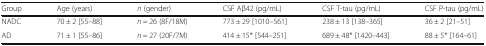
<table><thead><tr><td><b>Group</b></td><td><b>Age (years)</b></td><td><b><i>n</i> (gender)</b></td><td><b>CSF Aβ42 (pg/mL)</b></td><td><b>CSF T-tau (pg/mL)</b></td><td><b>CSF P-tau (pg/mL)</b></td></tr></thead><tbody><tr><td>NADC</td><td>70 ± 2 [55–88]</td><td><i>n</i> = 26 (8F/18M)</td><td>773 ± 29 [1010–561]</td><td>238 ± 13 [138–365]</td><td>36 ± 2 [21–51]</td></tr><tr><td>AD</td><td>71 ± 1 [55–86]</td><td><i>n</i> = 27 (20F/7M)</td><td>414 ± 15* [544–251]</td><td>689 ± 48* [1420–443]</td><td>88 ± 5* [164–61]</td></tr></tbody></table>